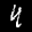
Label: 4